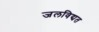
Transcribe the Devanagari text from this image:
जलविद्यत